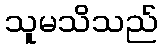
သူမသိသည်